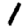
Digit: 1